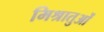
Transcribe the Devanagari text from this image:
मिश्रातुओं